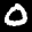
Label: 0